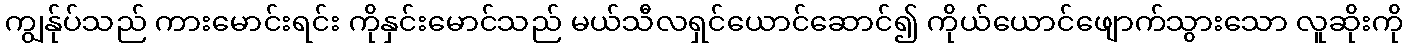
ကျွန်ုပ်သည် ကားမောင်းရင်း ကိုနှင်းမောင်သည် မယ်သီလရှင်ယောင်ဆောင်၍ ကိုယ်ယောင်ဖျောက်သွားသော လူဆိုးကို